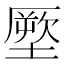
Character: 𭏪